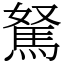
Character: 駑